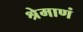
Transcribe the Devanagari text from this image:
श्रेमाणं